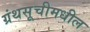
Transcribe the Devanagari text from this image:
ग्रंथसूचीमधील